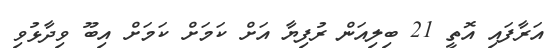
އަރާފައި އޮތީ 21 ބިލިއަން ރުފިޔާ އަށް ކަމަށް ކަމަށް އިބޫ ވިދާޅުވި